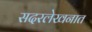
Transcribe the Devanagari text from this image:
सदरलेखनात